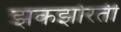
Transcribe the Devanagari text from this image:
झकझोरती